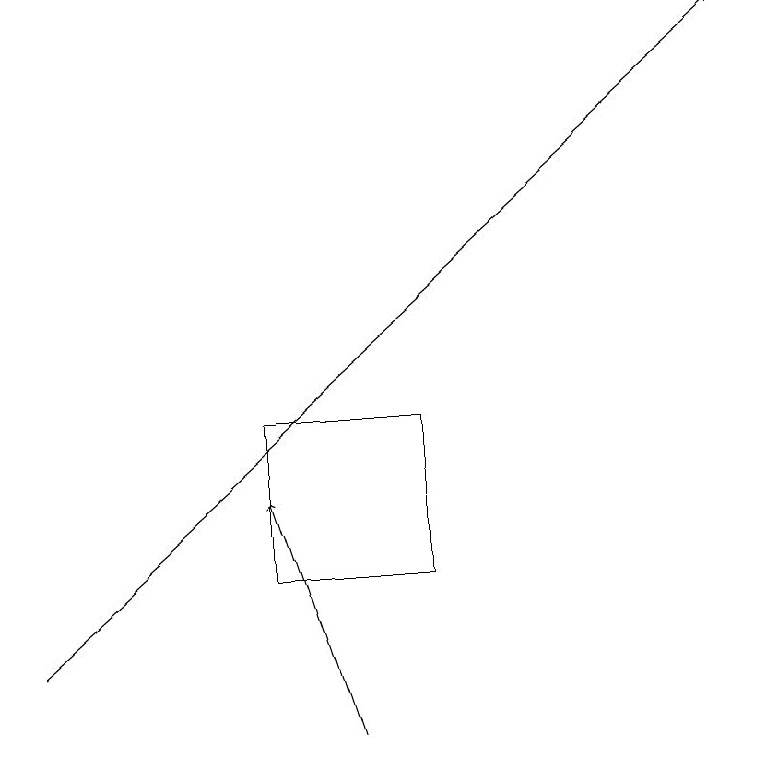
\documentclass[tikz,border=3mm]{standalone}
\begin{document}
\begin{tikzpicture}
\draw (3,12) rectangle (5,14);
\draw[->] (0,11) -- (9,19);
\draw[->] (4,10) -- (3,13);
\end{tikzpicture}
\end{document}